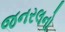
જનરલનો